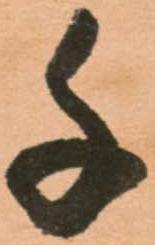
千